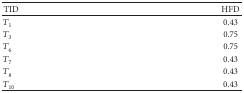
<table><thead><tr><td><b>TID</b></td><td><b>HFD</b></td></tr></thead><tbody><tr><td><i>T</i><sub>1</sub></td><td>0.43</td></tr><tr><td><i>T</i><sub>3</sub></td><td>0.75</td></tr><tr><td><i>T</i><sub>6</sub></td><td>0.75</td></tr><tr><td><i>T</i><sub>7</sub></td><td>0.43</td></tr><tr><td><i>T</i><sub>8</sub></td><td>0.43</td></tr><tr><td><i>T</i><sub>10</sub></td><td>0.43</td></tr></tbody></table>